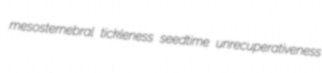
mesosternebral tickleness seedtime unrecuperativeness